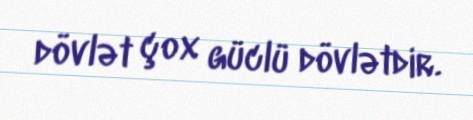
dövlət çox güclü dövlətdir.